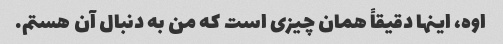
اوه، اینها دقیقاً همان چیزی است که من به دنبال آن هستم.